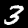
Label: 3